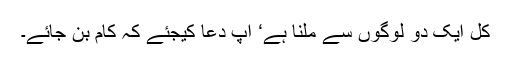
کل ایک دو لوگوں سے ملنا ہے‘ آپ دعا کیجئے کہ کام بن جائے۔